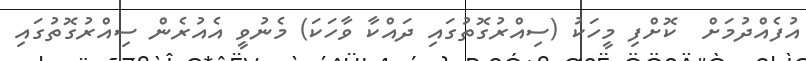
އުފެއްދުމަށް  ކޮށްފި މީހަކު (ސިއްރުގޮތުގައި ދައްކާ ވާހަކަ) މެނުވީ އެއުރެން ސިއްރުގޮތުގައި